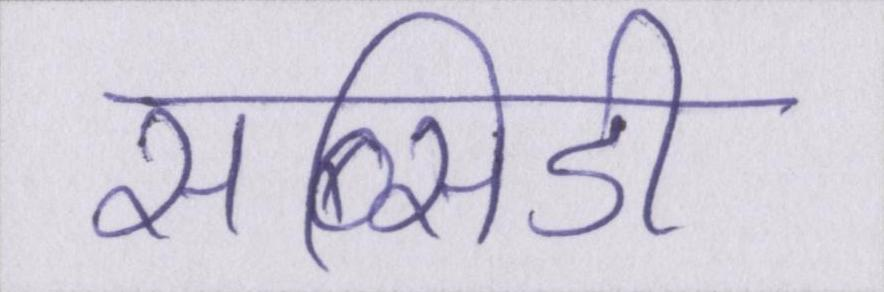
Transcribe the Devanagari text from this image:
सब्सिडी